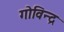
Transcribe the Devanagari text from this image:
गोविन्द्र